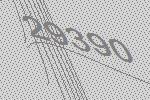
29390